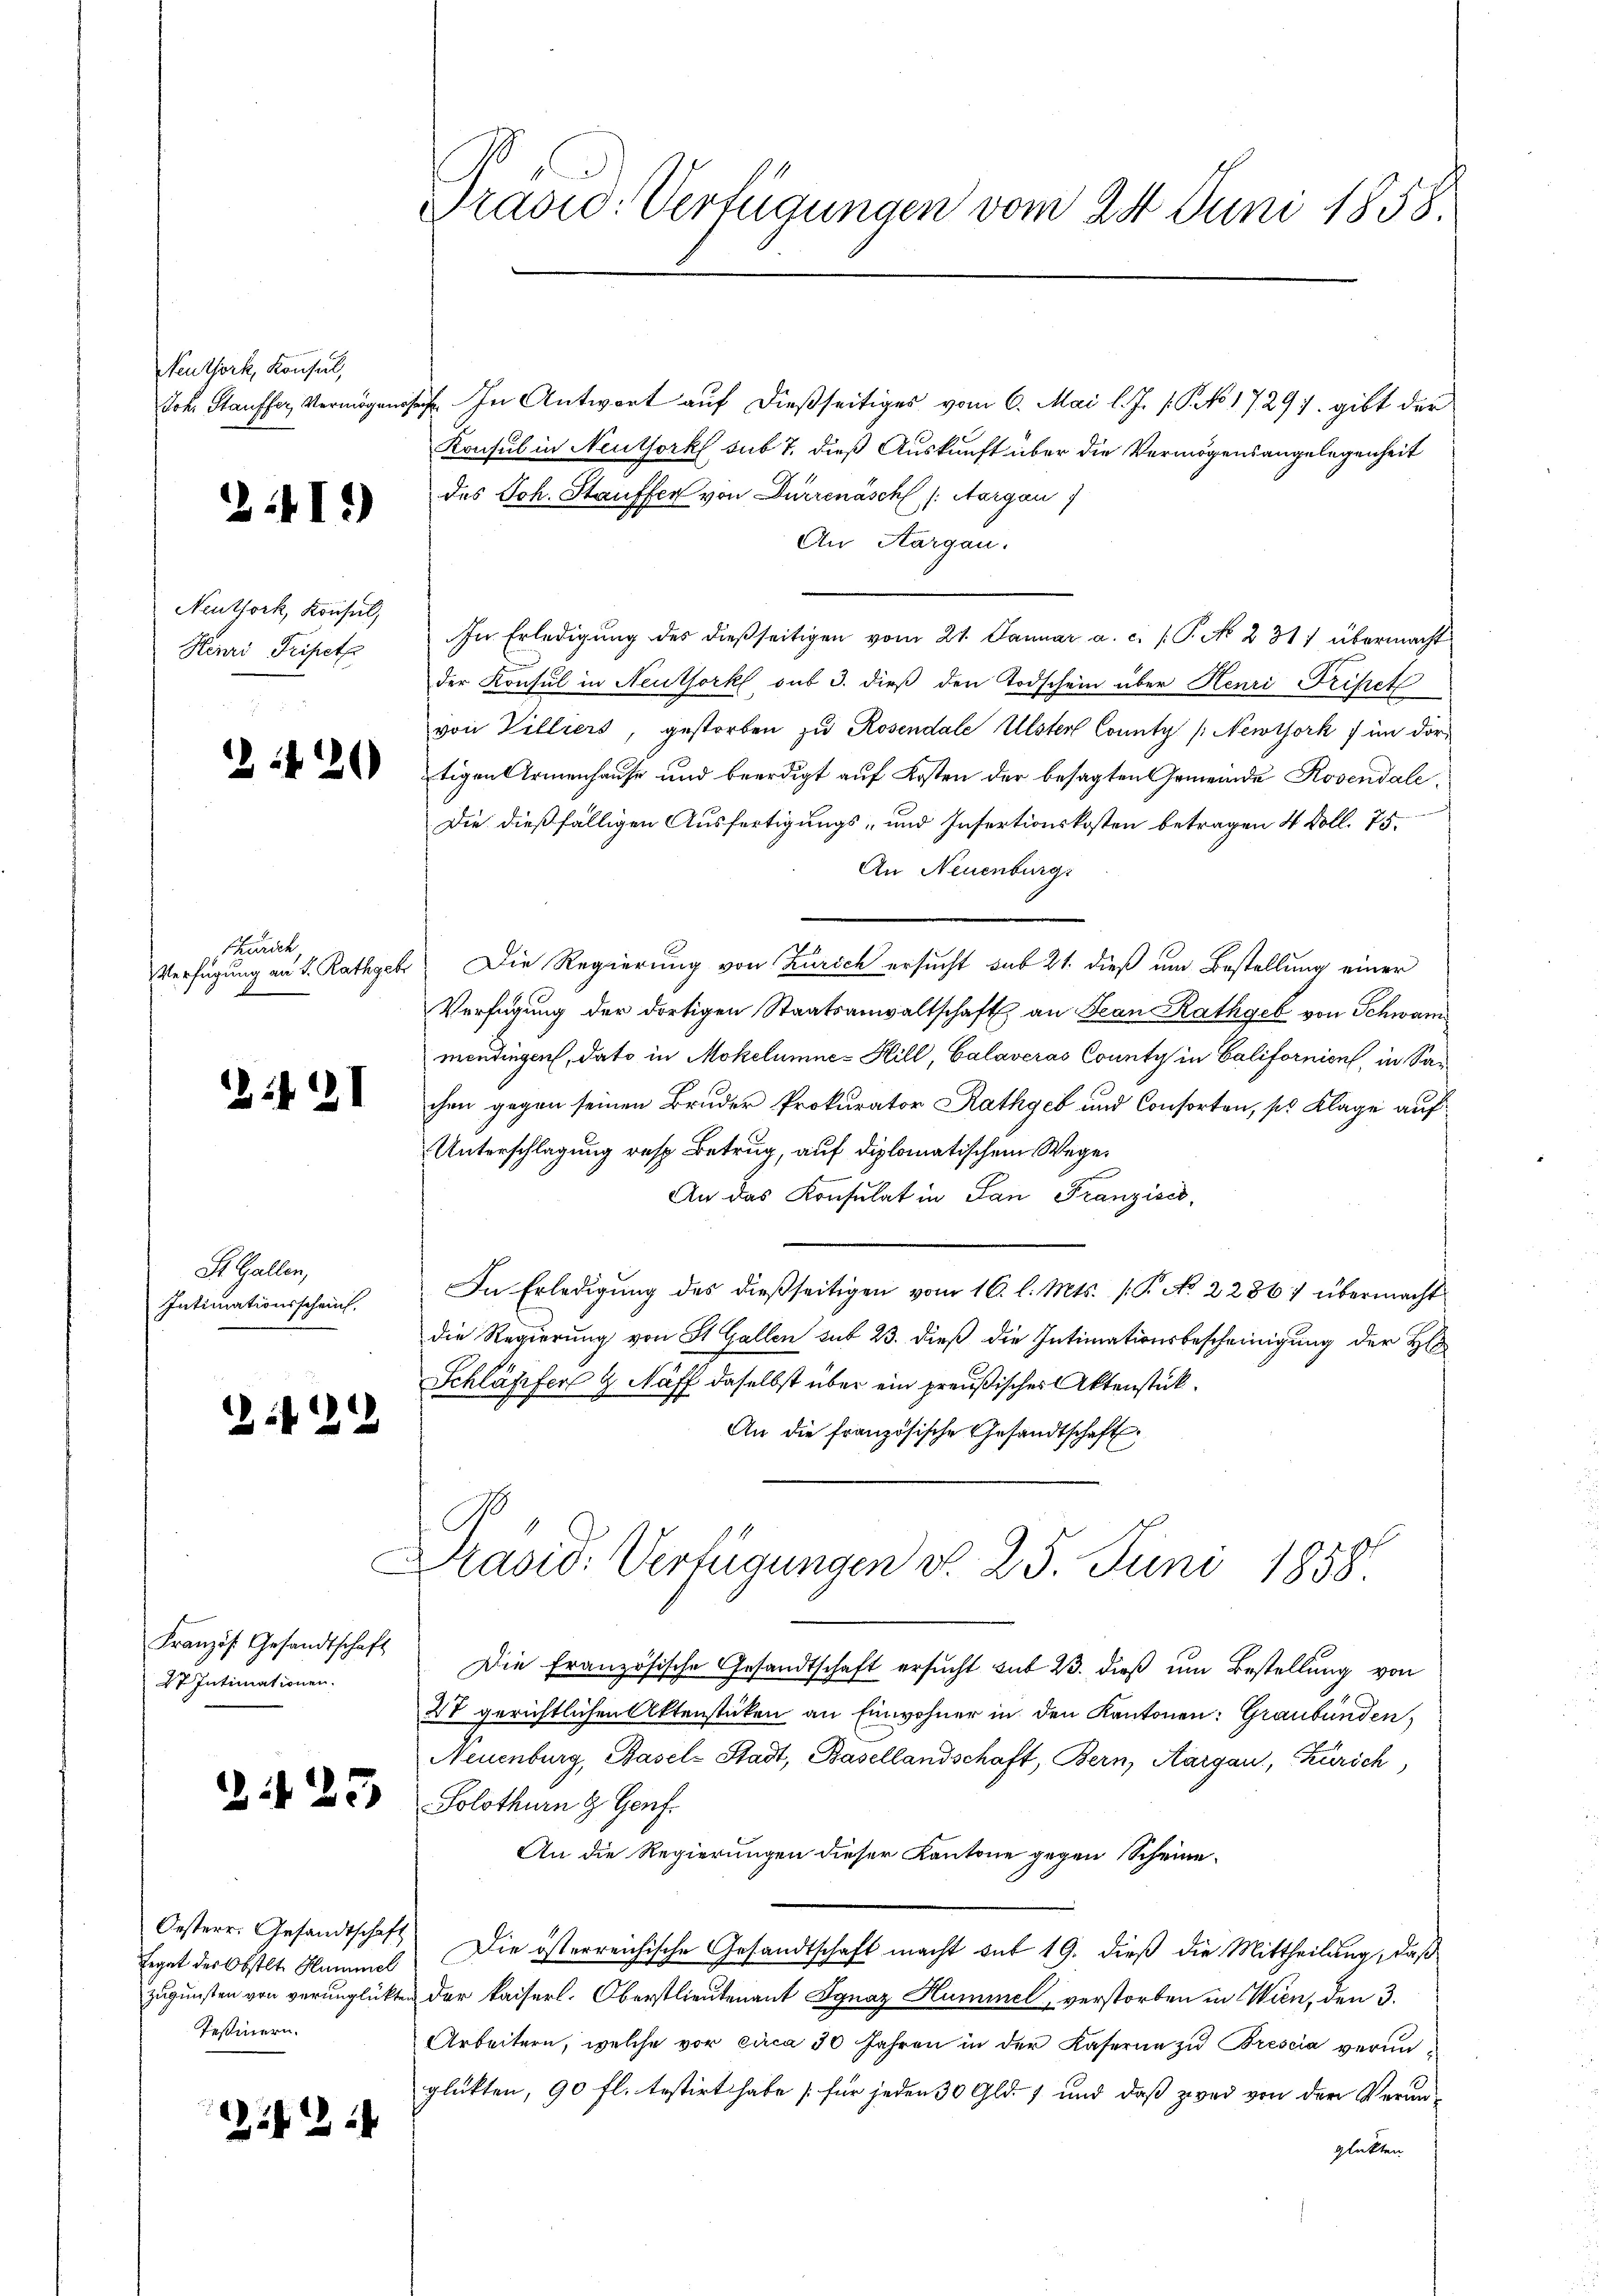
Neuthork, Konsul,

241)

Neuthork, Konsul,

Buruck,

12421

St. Gallen,
Intimationsscheint.

22

27. Intimationen.

Legat des Obstlt. Hummel
Tessinern.

22

Joh. Stauffer, Vermögensse. In Antwort auf dießseitiges vom 6. Mai l. J. P. No 17297. gibt der
Konsul in Neuthork sub 7. dieß Auskunft über die Vermögensangelegenheit
des Joh. Stauffer von Dürrenäsch (Aargau)
An Aargau.
Henri Tripet In Erledigŭng des dießseitigen vom 21. Januar a. c. P. N. 231) übermacht
der Konsul in Neuthork, aus 3. dieß den Todschein über Henri Triftet
von Villiers, gestorben zu Rosendale Uster County (Newtork im dor¬
 tigen Armenhause und beerdigt auf Kosten der besagten Gemeinde Rosendale¬
Die dießfälligen Ausfertigungs- und Insertionskosten betragen 4 Doll. 75.
An Neuenburgs
Verfügung an d. Rathgeb Die Regierung von Zürich ersucht sub 21. dieß um Bestellung einer
Verfügung der dortigen Staatsanwaltschaft an Jean Rathgeb von Schwam
mendingen, dato in Mohelumne-Hill, Calaveras County in Californien, in Sar
chen gegen seinen Bruder Prokurator Rathgeb und Consorten, so Klage auf
Unterschlagung resp. Betrug, auf diplomatischem Wege¬
An das Konsulat in San Franzisc
In Erledigung des dießseitigen vom 16. l. Mts. (T. No. 2286) übermacht
die Regierung von St. Gallen sub 23. dieß die Intimationsbescheinigung der H
Schläpfer & Naff daselbst über ein preußisches Aktenstück.
An die französische Gesandtschaft,
Präsid. Verfügungen d. 25. Juni 1858.
Franzis Gesandtschaft die französische Gesandtschaft ersucht sub 23. dieß um Bestellung von
XV gerichtlichen Aktenstücken an Einwohner in den Kantonen: Graubünden,
Neuenburg, Basel-Stadt, Basellandschaft, Bern, Aargau, Zürich
 22. Solothurn z. Genf
An die Regierungen dieser Kantone gegen Scheine¬
Oesterr. Gesandtschaft. Die österreichische Gesandtschaft macht mit 19. dieß die Mittheilung, daß
zugunsten von verunglückten der kaiserl. Oberstlieutenant Ignaz Hummel, verstorben in Wien, den 3.
Arbeitern, welche vor circa 30 Jahren in der Kaserne zu Brescia verunglükten, 90 fl. festirt habe [für jeden 30 Gld. 1 und daß zwei von der Veranglükten

Präsid. Verfügungen vom 24. Juni 1858.